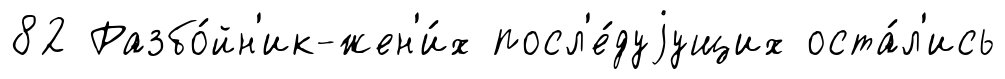
82 Разбо́йн'ик-жен'и́х посл'е́дуjущих оста́л'ись